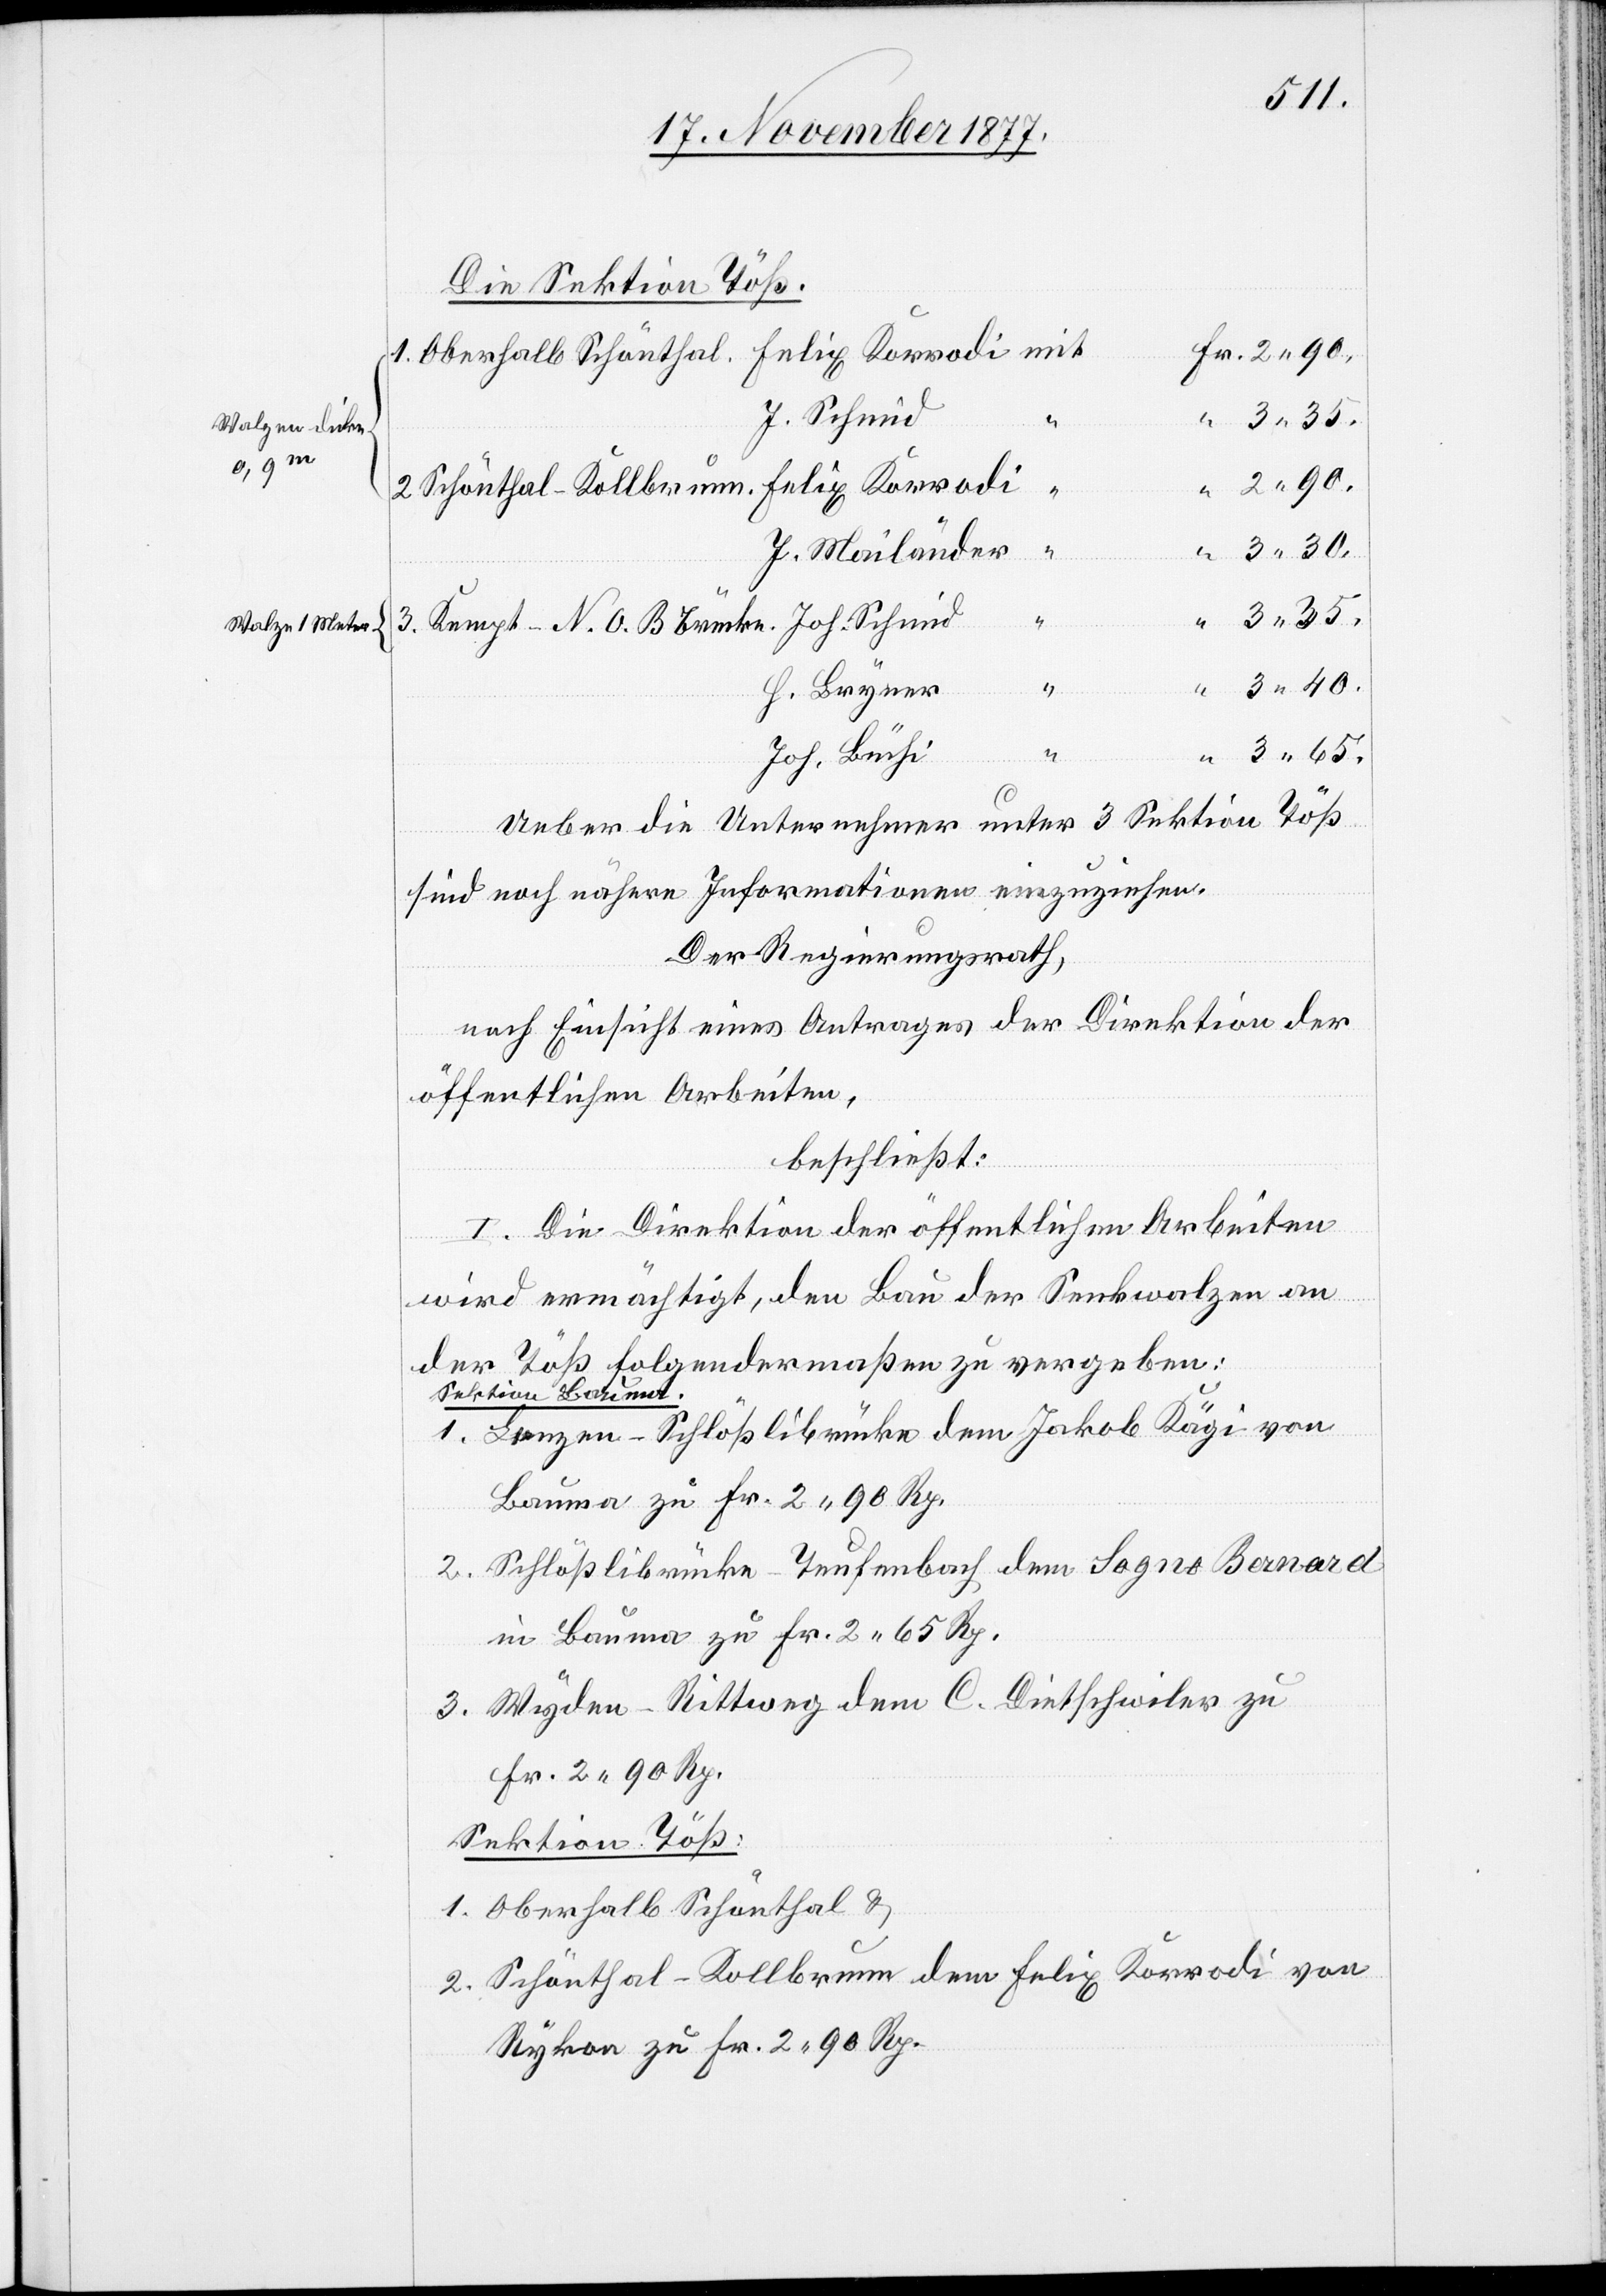
Walzen dicke
Walze / Meter

Die Sektion Töß.
Fr. 2 90.
Joh. Schmid
1.
“ 2 90.
J. Mailänder
“
“ 3 35.
3.
H. Bryner
2.
Joh. Büchi
“ 3 65.
Ueber die Unternehmer unter 3 Sektion Töß
“
sind noch nähere Informationen einzuziehen.
Der Regierungsrath,
nach Einsicht eines Antrages der Direktion der
öffentlichen Arbeiten,
beschließt:
I. Die Direktion der öffentlichen Arbeiten
wird ermächtigt, den Bau der Senkwalzen an
der Töß folgendermaßen zu vergeben:
Sektion Bauma.
Lenzen–Schlößlibrücke dem Jakob Kägi von
Bauma zu Fr. 2 90 Rp.
Schlößlibrücke–Teufenbach dem Sogno Bernard
in Bauma zu Fr. 2 65 Rp.
Wyden–Rittweg dem C. Dietschwiler zu
Fr. 2 90 Rp.
Sektion Töß:
Oberhalb Schönthal &
Schönthal–Kollbrunn dem Felix Korrodi von
Rykon zu Fr. 2 90 Rp.